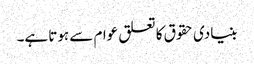
بنیادی حقوق کا تعلق عوام سے ہوتا ہے۔